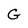
Character: G